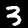
Digit: 3